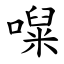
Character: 㘀